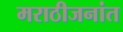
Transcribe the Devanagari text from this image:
मराठीजनांत